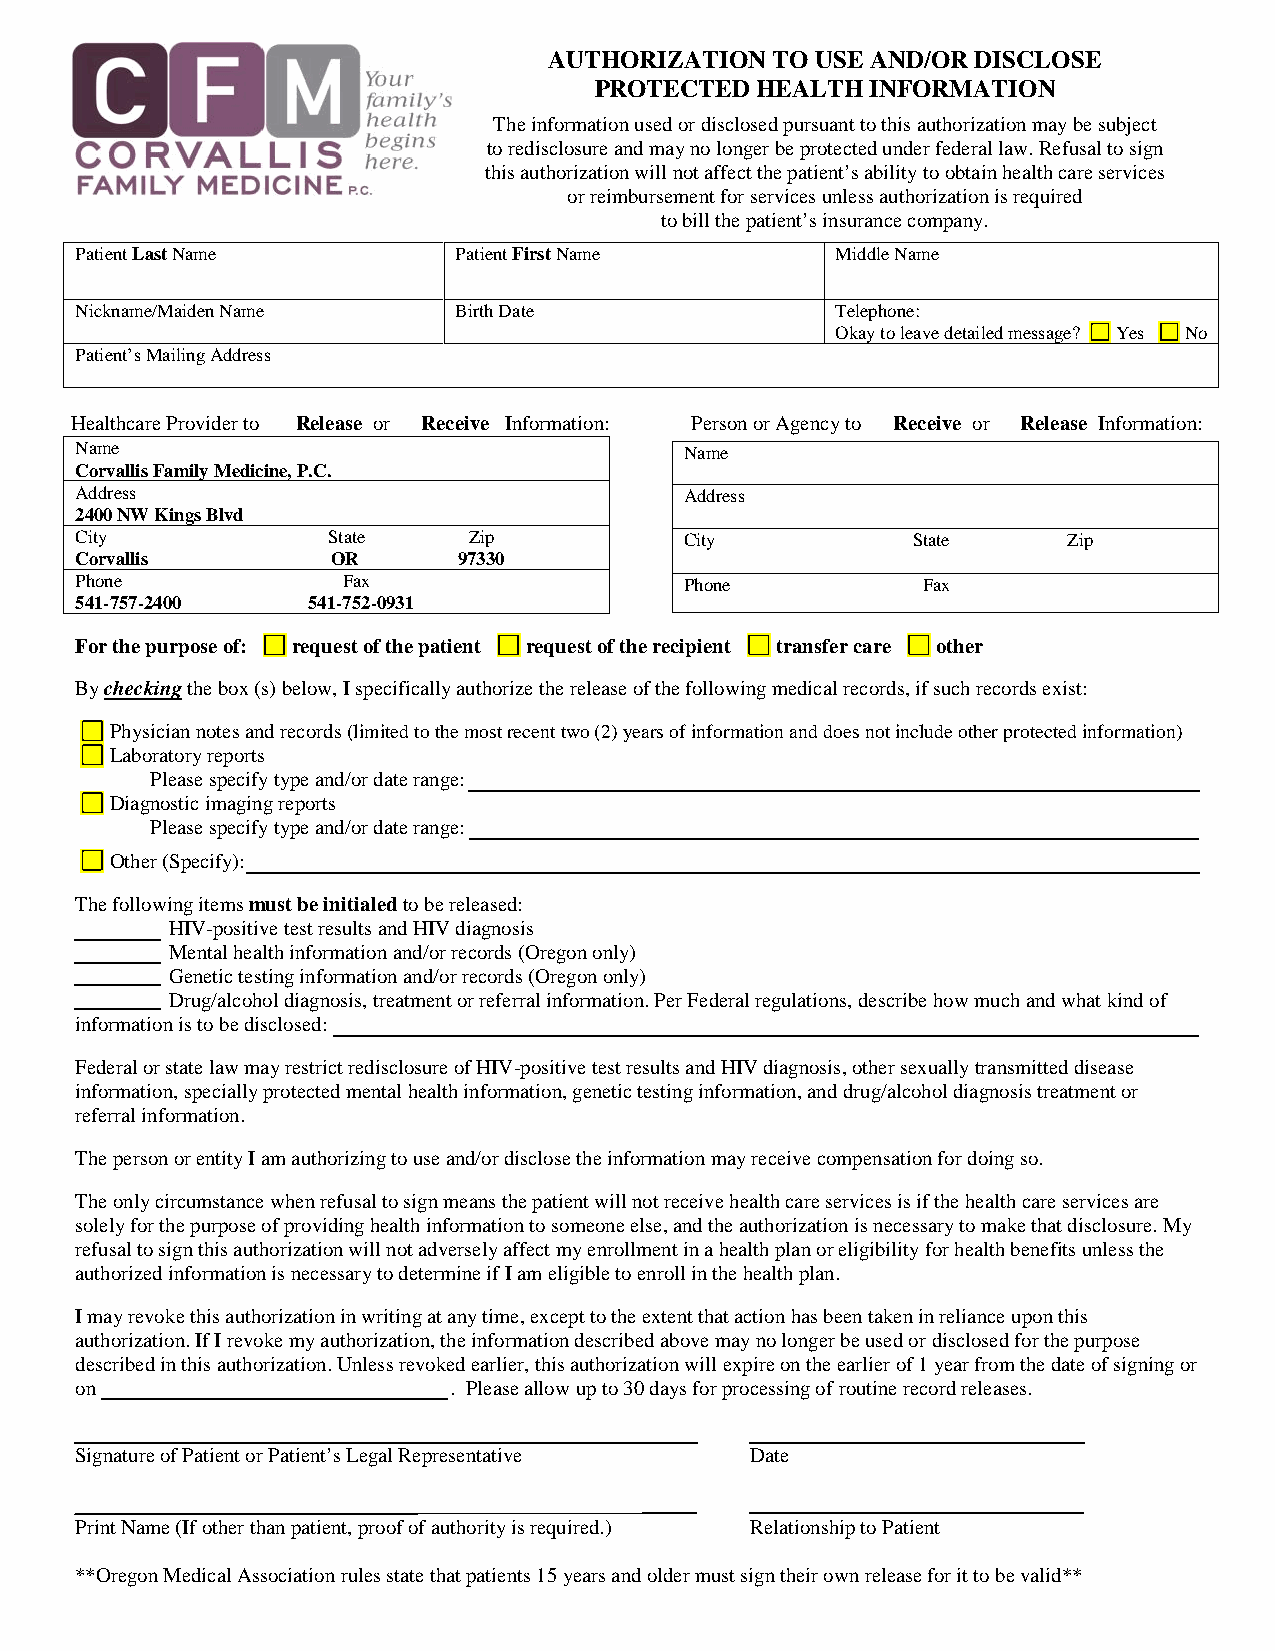
AUTHORIZATION  TO USE AND/OR DISCLOSE
 PROTECTED  HEALTH  INFORMATION
 The information used or disclosed pursuant to this authorization may be subject
 to redisclosure andmay no longer be protected under federal law.Refusal to sign
 thisauthorization will not affect the patient’s abilityto obtain health care services
 orreimbursement for services unless authorization is required
 to bill the patient’s insurance company.
 PatientLastName          PatientFirstName         Middle Name
 Nickname/Maiden Name     Birth Date               Telephone:
 Okay to leave detailed message? Yes No
 Patient’sMailing Address
 Healthcare Provider to □ Release or □ Receive Information: Person or Agency to □ Receive or □ Release Information:
 Name                                    Name
 Corvallis Family Medicine, P.C.
 Address                                 Address
 2400 NW Kings Blvd
 City             State    Zip           City           State      Zip
 Corvallis        OR      97330
 Phone             Fax                   Phone           Fax
 541-757-2400   541-752-0931
 For the purpose of: request of the patient request of the recipient transfer care other
 Bycheckingthe box (s) below, I specifically authorize the release of the following medical records, if such records exist:
 Physician notes and records(limited to the most recent two (2) years of information and does not include other protected information)
 Laboratory reports
 Please specify type and/or date range:
 Diagnostic imaging reports
 Please specify type and/or date range:
 Other (Specify):
 The following itemsmust be initialedto be released:
 HIV-positive test results and HIV diagnosis
 Mental health information and/or records (Oregon only)
 Genetic testing information and/or records (Oregon only)
 Drug/alcohol diagnosis, treatment or referral information. Per Federal regulations, describe howmuch and what kind of
 information is to be disclosed:
 Federal or state law may restrict redisclosure of HIV-positive test results and HIV diagnosis, other sexuallytransmitted disease
 information, specially protected mental health information, genetic testing information, anddrug/alcohol diagnosis treatment or
 referral information.
 The person or entity I am authorizing to use and/or disclose the information may receive compensation for doing so.
 The only circumstance when refusal to sign means the patient will not receive health care services is if the healthcare services are
 solelyfor the purpose of providing health information to someone else, and the authorization isnecessary to make that disclosure. My
 refusal to sign this authorization will not adversely affect my enrollment ina health plan or eligibility for health benefitsunless the
 authorized information is necessary to determine if I ameligible to enroll in the health plan.
 I may revoke this authorization in writing at any time, except to the extent that action has been taken in relianceupon this
 authorization. If I revoke my authorization, the information described above may no longer be used ordisclosed for the purpose
 described in this authorization. Unless revoked earlier, this authorization will expire on theearlier of 1 year from the date of signing or
 on                       . Please allow up to 30 days for processing of routine record releases.
 Signature of Patient or Patient’s Legal Representative Date
 Print Name (If other than patient, proof of authority is required.) Relationship to Patient
 **Oregon Medical Association rules state that patients 15 years and older must sign their own release for it to be valid**